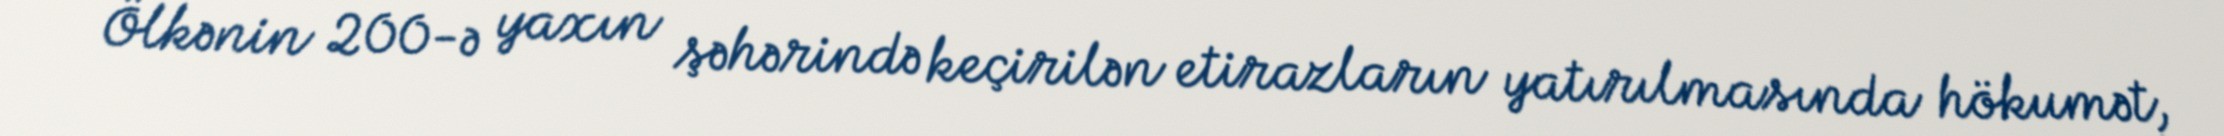
Ölkənin 200-ə yaxın şəhərində keçirilən etirazların yatırılmasında hökumət,